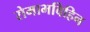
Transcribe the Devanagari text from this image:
रोमाभविहिन